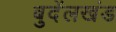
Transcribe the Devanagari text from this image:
बुदेंलखंड